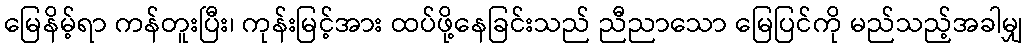
မြေနိမ့်ရာ ကန်တူးပြီး၊ ကုန်းမြင့်အား ထပ်ဖို့နေခြင်းသည် ညီညာသော မြေပြင်ကို မည်သည့်အခါမျှ